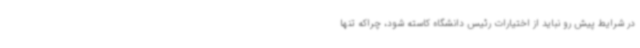
در شرایط پیش رو نباید از اختیارات رئیس دانشگاه کاسته شود، چراکه تنها